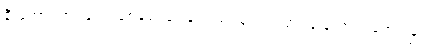
နီးအောင်ကပ်ချဉ်း စေ့ချဉ်းချုံးချဉ်း စပ်ချဉ်ပင့်ငြား ခြောက်ပါးရောင်ခြည်